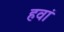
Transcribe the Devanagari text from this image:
हवां